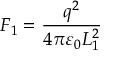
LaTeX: F _ { 1 } = { \frac { q ^ { 2 } } { 4 \pi \varepsilon _ { 0 } L _ { 1 } ^ { 2 } } }